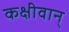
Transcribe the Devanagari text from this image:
कक्षीवान्